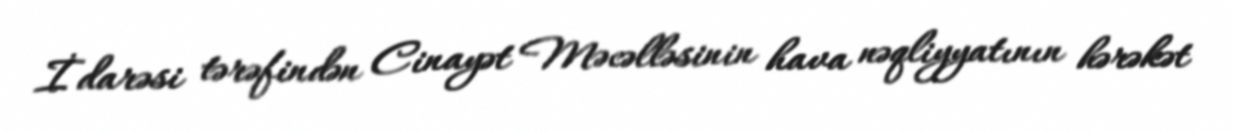
İdarəsi tərəfindən Cinayət Məcəlləsinin hava nəqliyyatının hərəkət